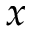
\b x